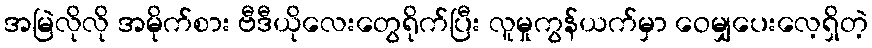
အမြဲလိုလို အမိုက်စား ဗီဒီယိုလေးတွေရိုက်ပြီး လူမှုကွန်ယက်မှာ ဝေမျှပေးလေ့ရှိတဲ့